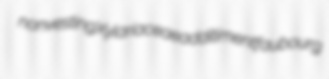
nonvesting Xylariaceae additiment faubourg